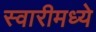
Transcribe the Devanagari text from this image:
स्वारीमध्ये